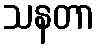
သနတာ